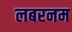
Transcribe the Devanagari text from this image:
लबरनम